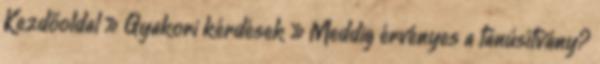
Kezdőoldal » Gyakori kérdések » Meddig érvényes a tanúsítvány?